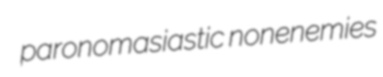
paronomasiastic nonenemies